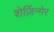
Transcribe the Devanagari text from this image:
शेर्ज़िन्गेर